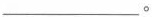
___。